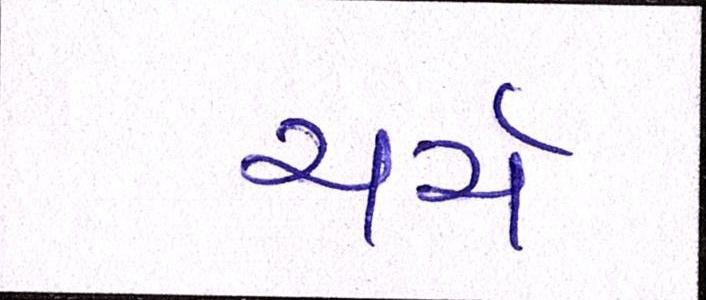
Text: ચર્ચ